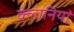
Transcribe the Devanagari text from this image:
क्लानियां